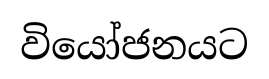
වියෝජනයට